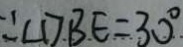
\because \angle D B E = 3 0 ^ { \circ }